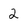
Character: 2